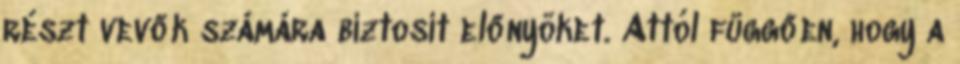
részt vevők számára biztosít előnyöket. Attól függően, hogy a